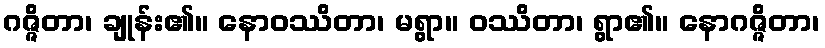
ဂဇ္ဇိတာ၊ ချုန်း၏။ နောဝဿိတာ၊ မရွာ။ ဝဿိတာ၊ ရွာ၏။ နောဂဇ္ဇိတာ၊